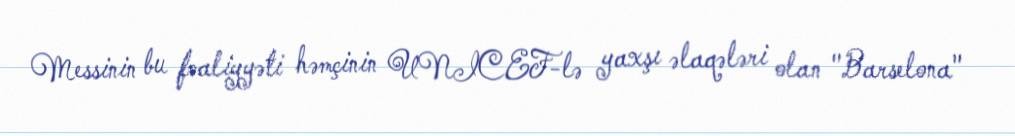
Messinin bu fəaliyyəti həmçinin UNICEF-lə yaxşı əlaqələri olan "Barselona"